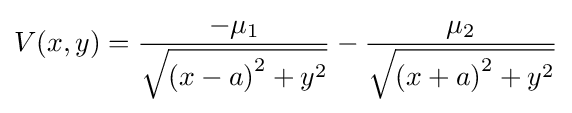
V(x,y)={\frac {-\mu _{1}}{\sqrt {\left(x-a\right)^{2}+y^{2}}}}-{\frac {\mu _{2}}{\sqrt {\left(x+a\right)^{2}+y^{2}}}}